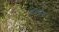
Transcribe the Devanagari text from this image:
केयनेस